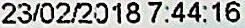
23/02/2018 7:44:16